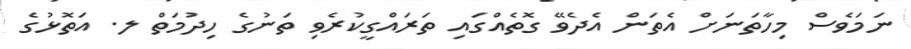
ނަމަވެސް މިހާތަނަށް އެތަން އެދެވޭ ގޮތެއްގައި ތަރައްގީކުރެވި ތަނުގެ ހިދުމަތް ލ. އަތޮޅުގެ